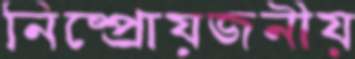
নিষ্প্রোয়জনীয়